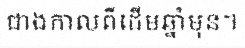
ជាងកាលពីដើមឆ្នាំមុន។